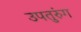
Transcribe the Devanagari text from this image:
उपतुरुंग